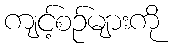
ကျင့်စဉ်များကို